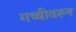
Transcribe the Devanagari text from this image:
गच्चीवरुन